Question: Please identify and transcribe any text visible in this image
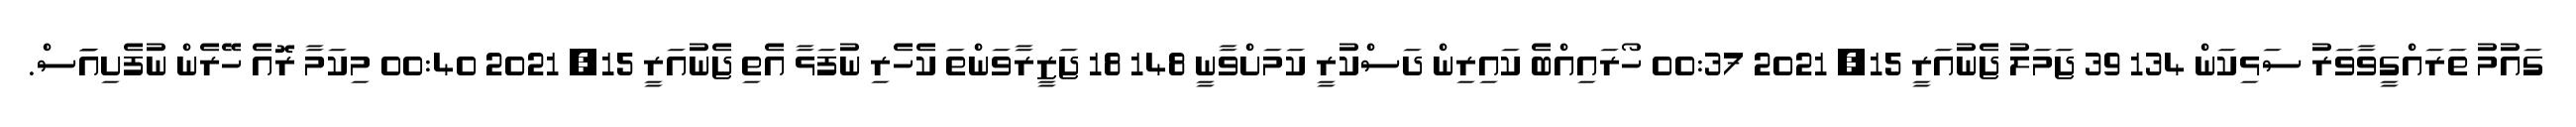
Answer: ގައުމު ތަރައްގީވާވަރު ސަޅިކަން 134 39 ޖަމަލު ޖެނުއަރީ 15, 2021 00:37 ހޯރައިއްބެ ކައިރިން ދަސްކުރީ ކަމަށްވާނީ 148 18 ޖަޒީރާވަންތަ ކެހެރި ނުފަޅާ އެތި ޖެނުއަރީ 15, 2021 00:40 މިކަމާ ރޮއެ ހޭރެން ނުފެށިއަަަސް.